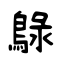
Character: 鵦